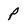
Character: p